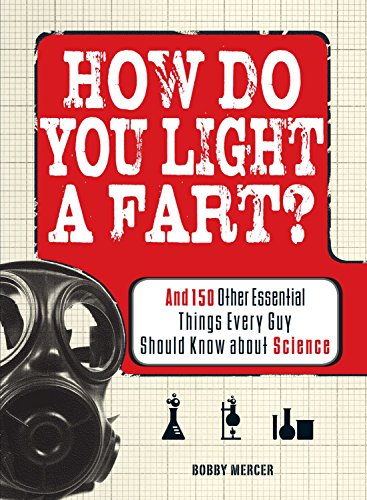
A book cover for How Do You Light a Fart?: And 150 Other Essential Things Every Guy Should Know about Science; Bobby Mercer; Humor & Entertainment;